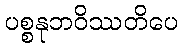
ပစ္စနုဘဝိဿတိပေ